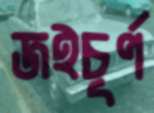
জইচূর্ণ